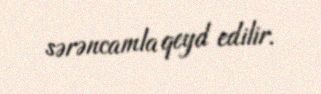
sərəncamla qeyd edilir.